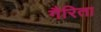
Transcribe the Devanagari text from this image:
गैरिता